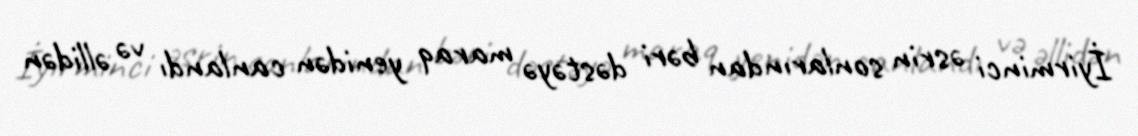
İyirminci əsrin sonlarından bəri dəstəyə maraq yenidən canlandı və əllidən